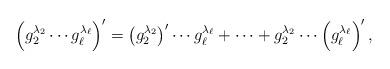
LaTeX: \begin{align*} \left( g_{2}^{\lambda_2}\cdots g_{\ell}^{\lambda_\ell} \right)' = \left(g_{2}^{\lambda_2}\right)'\cdots g_{\ell}^{\lambda_\ell} + \cdots + g_{2}^{\lambda_2}\cdots \left(g_{\ell}^{\lambda_\ell} \right)',\end{align*}